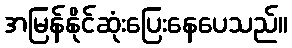
အမြန်နိုင်ဆုံးပြေးနေပေသည်။